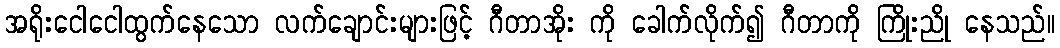
အရိုးငေါငေါထွက်နေသော လက်ချောင်းများဖြင့် ဂီတာအိုး ကို ခေါက်လိုက်၍ ဂီတာကို ကြိုးညို နေသည်။